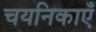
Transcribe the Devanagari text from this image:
चयनिकाएँ